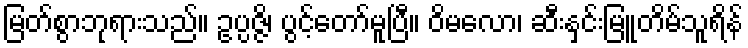
မြတ်စွာဘုရားသည်။ ဥပ္ပဇ္ဇိ၊ ပွင့်တော်မူပြီ။ ဝိမလော၊ ဆီးနှင်းမြူတိမ်သူရိန်